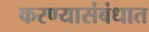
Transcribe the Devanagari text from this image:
करण्यासंबंधात